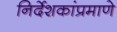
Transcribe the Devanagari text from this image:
निर्देशकांप्रमाणे